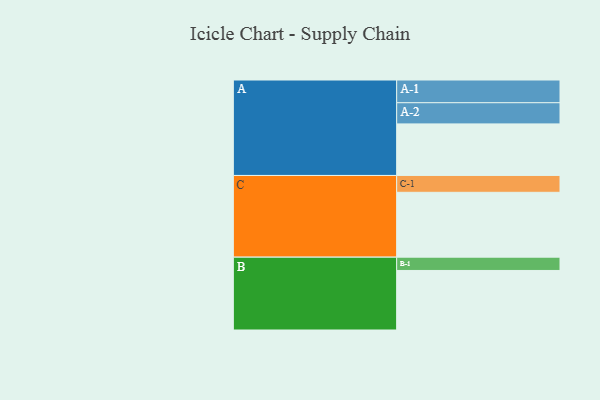
{"axis": {"x": "Segment", "y": "Value"}, "legend": ["", "A", "B", "C"], "data": [{"x": "A", "y": 465, "type": ""}, {"x": "B", "y": 537, "type": ""}, {"x": "C", "y": 585, "type": ""}, {"x": "A-1", "y": 205, "type": "A"}, {"x": "A-2", "y": 191, "type": "A"}, {"x": "B-1", "y": 120, "type": "B"}, {"x": "C-1", "y": 152, "type": "C"}]}